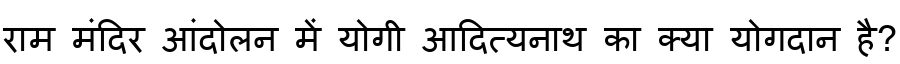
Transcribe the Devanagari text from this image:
राम मंदिर आंदोलन में योगी आदित्यनाथ का क्या योगदान है?